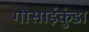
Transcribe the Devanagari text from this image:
गोसाईकुंडा